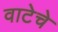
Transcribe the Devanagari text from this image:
वाटेचे